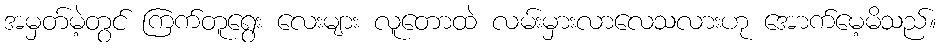
အမှတ်မဲ့တွင် ကြက်တူရွေး လေးများ လူတောထဲ လမ်းမှားလာလေသလားဟု အောက်မေ့မိသည်။